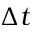
\Delta t